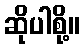
ဆိုပါစို့။